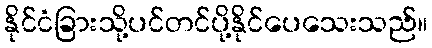
နိုင်ငံခြားသို့ပင်တင်ပို့နိုင်ပေသေးသည်။